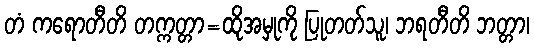
တံ ကရောတီတိ တက္ကတ္တာ=ထိုအမှုကို ပြုတတ်သူ၊ ဘရတီတိ ဘတ္တာ၊